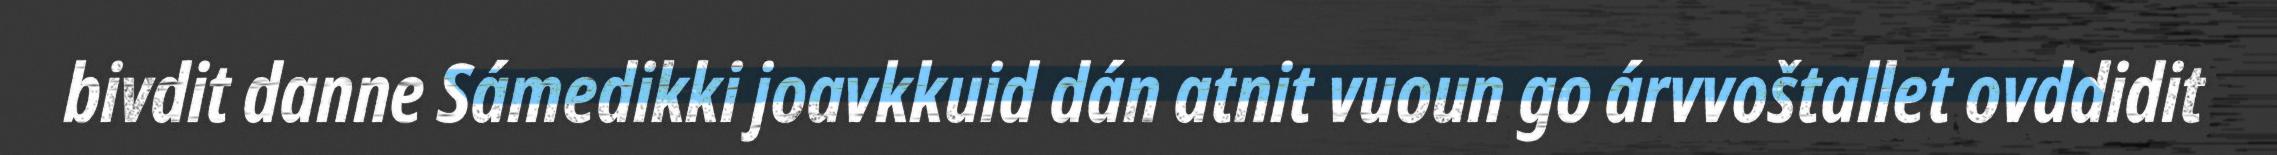
bivdit danne Sámedikki joavkkuid dán atnit vuoun go árvvoštallet ovddidit